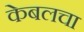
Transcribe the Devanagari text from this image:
केबलचा